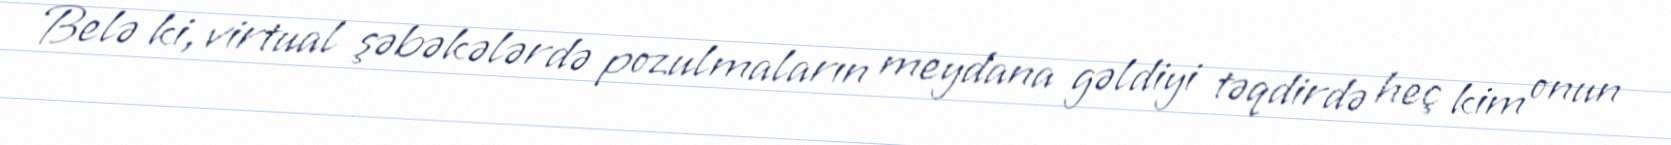
Belə ki, virtual şəbəkələrdə pozulmaların meydana gəldiyi təqdirdə heç kim onun